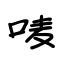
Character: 唛